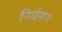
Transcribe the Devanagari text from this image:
निर्धनाय